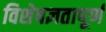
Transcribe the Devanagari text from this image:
विशेषज्ञतापूर्ण